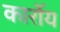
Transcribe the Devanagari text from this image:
कार्रोय